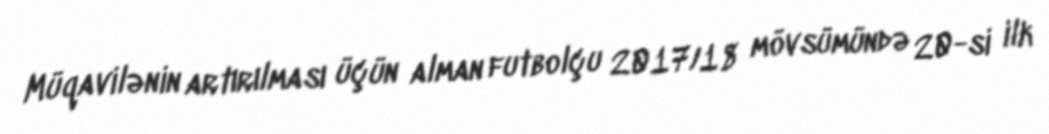
Müqavilənin artırılması üçün alman futbolçu 2017/18 mövsümündə 20-si ilk